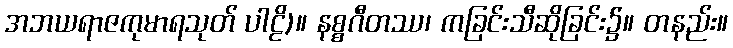
အဘယရာဇကုမာရသုတ် ပါဠိ)။ နစ္စဂီတဿ၊ ကခြင်းသီဆိုခြင်း၌။ တနည်း။